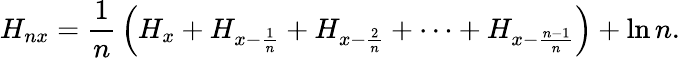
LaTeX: H_{nx}={\frac{1}{n}}\left(H_{x}+H_{x-{\frac{1}{n}}}+H_{x-{\frac{2}{n}}}+\cdots+H_{x-{\frac{n-1}{n}}}\right)+\ln n.